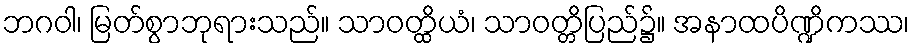
ဘဂဝါ၊ မြတ်စွာဘုရားသည်။ သာဝတ္ထိယံ၊ သာဝတ္တိပြည်၌။ အနာထပိဏ္ဍိကဿ၊